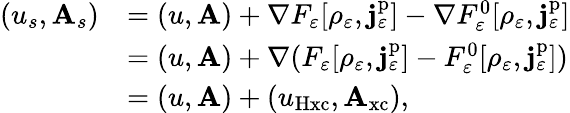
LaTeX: \begin{array}{rl}{(u_{s},\mathbf{A}_{s})}&{=(u,\mathbf{A})+\nabla F_{\varepsilon}[\rho_{\varepsilon},\mathbf{j}_{\varepsilon}^{\mathrm{p}}]-\nabla F_{\varepsilon}^{0}[\rho_{\varepsilon},\mathbf{j}_{\varepsilon}^{\mathrm{p}}]}\\ &{=(u,\mathbf{A})+\nabla(F_{\varepsilon}[\rho_{\varepsilon},\mathbf{j}_{\varepsilon}^{\mathrm{p}}]-F_{\varepsilon}^{0}[\rho_{\varepsilon},\mathbf{j}_{\varepsilon}^{\mathrm{p}}])}\\ &{=(u,\mathbf{A})+(u_{\mathrm{Hxc}},\mathbf{A}_{\mathrm{xc}}),}\end{array}